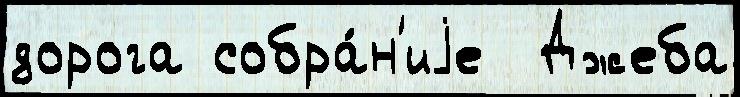
дорога собра́н'иjе  Джеба